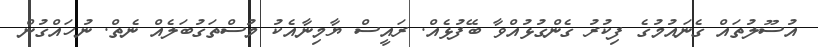
އުސޫލުތައް ގެނައުމުގެ ފިކުރު ގެންގުޅުއްވާ ބޭފުޅެއް. ރައީސް ޔާމިނާއެކު މުސްތަގުބަލެއް ނެތް. ނުހައްގުން